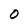
Character: 0